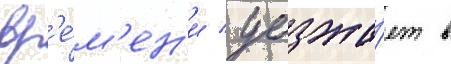
вр'е́м'ен'и / уезжа́ет в